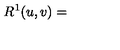
R ^ { 1 } ( u , v ) = ~